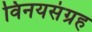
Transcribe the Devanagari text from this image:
विनयसंग्रह